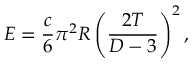
E = { \frac { c } { 6 } } \pi ^ { 2 } R \left( { \frac { 2 T } { D - 3 } } \right) ^ { 2 } ,